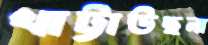
খাট্টাউছনা